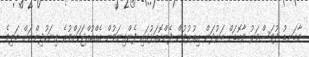
މާބަނޑު ދުވަސްވަރު މާބޮޑަށް ބަރުދަން އިތުރުވުން ފެންކޮތަޅުގައި ފެންގިނަވުން އެއްކުއްޖަކަށްވުރެ ގިނަކުދިންނަށް ބަލިވެ